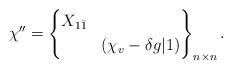
\begin{align*}\chi'' = \left\{ \begin{aligned}& X_{1\bar 1} & \\&& (\chi_v - \delta g|1)\end{aligned}\right\}_{n\times n} .\end{align*}